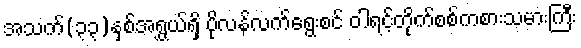
အသက်(၃၃)နှစ်အရွှယ်ရှိ ပိုလန်လက်ရွေးစင် ဝါရင့်တိုက်စစ်ကစားသမားကြီး